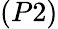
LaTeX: (P2)